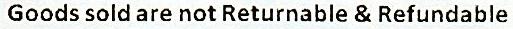
GOODS SOLD ARE NOT RETURNABLE & REFUNDABLE